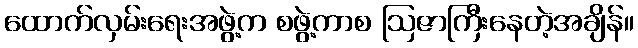
ထောက်လှမ်းရေးအဖွဲ့က စဖွဲ့ကာစ ဩဇာကြီးနေတဲ့အချိန်။